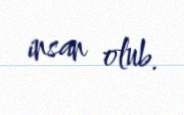
insan olub.